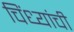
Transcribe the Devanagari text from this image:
चिंध्यांची